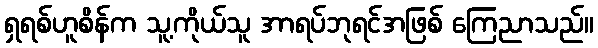
ရှရစ်ဟူစိန်က သူ့ကိုယ်သူ အာရပ်ဘုရင်အဖြစ် ကြေညာသည်။